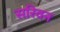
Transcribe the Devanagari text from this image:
सरिवन